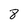
Character: 8